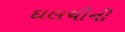
દાલચીની